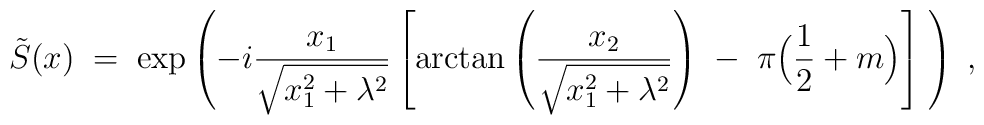
\tilde{S}(x) \; = \; \exp \left( -i \frac{x_1}{\sqrt{x_1^2 + \lambda^2}}\left[ \mbox{arctan} \left( \frac{x_2}{\sqrt{x_1^2 + \lambda^2}} \right)\; - \; \pi \Big(\frac{1}{2} + m\Big) \right] \; \right) \; ,